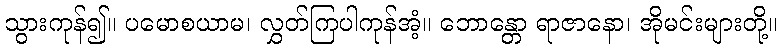
သွားကုန်၍။ ပမောစယာမ၊ လွှတ်ကြပါကုန်အံ့။ ဘောန္တော ရာဇာနော၊ အိုမင်းများတို့။